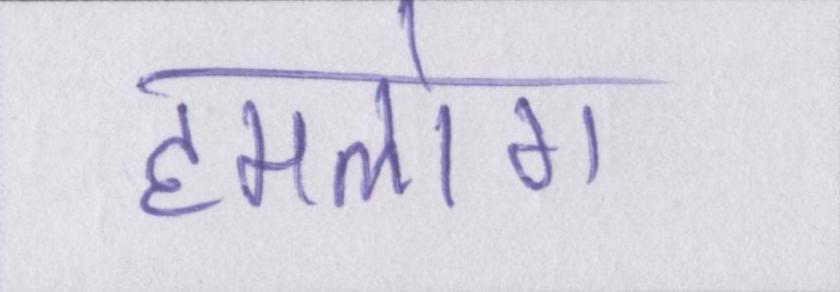
हमलोग